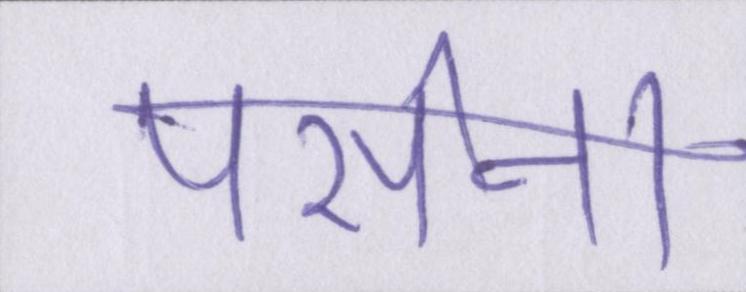
पसीना